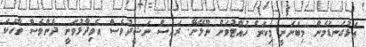
އަޅުގަނޑުމެން މިބުނަނީ މިކަން ހުއްޓުވަން ނޫޅޭށޭ. ރައީސް ނަޝީދުވެސް އެވިދާޅުވަނީ ދެންވެސް ވާހަކަ